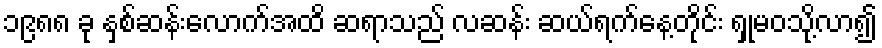
၁၉၈၈ ခု နှစ်ဆန်းလောက်အထိ ဆရာသည် လဆန်း ဆယ်ရက်နေ့တိုင်း ရှုမဝသို့လာ၍